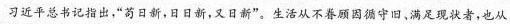
习近平总书记指出，”苟日新，日日新，又日新”。生活从不眷顾因循守旧、满足现状者，也从